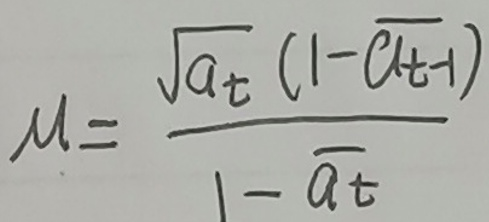
\[
\mu = \frac{\sqrt{a_t}(1 - \overline{a_{t - 1}})}{1 - \overline{a_t}}
\]